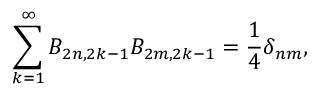
\sum _ { k = 1 } ^ { \infty } B _ { 2 n , 2 k - 1 } B _ { 2 m , 2 k - 1 } = \frac { 1 } { 4 } \delta _ { n m } ,